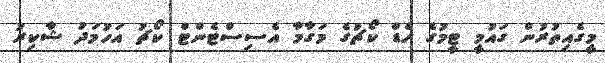
މީގެއިތުރުން ގައުމީ ޓީމުގެ ހެޑް ކޯޗުގެ މަގާމާ އެސިސްޓެންޓް ކޯޗު އަހުމަދު ޝާކިރު